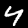
Label: 4